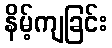
နိမ့်ကျခြင်း